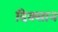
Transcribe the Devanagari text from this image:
दिक्सान